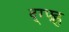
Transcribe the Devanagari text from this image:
द्ग्फ्ह्न